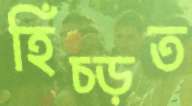
হিঁচ্‌ড়ত